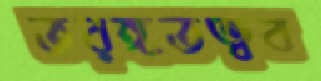
তরঙ্গতত্ত্বব